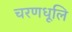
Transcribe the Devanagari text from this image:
चरणधूलि